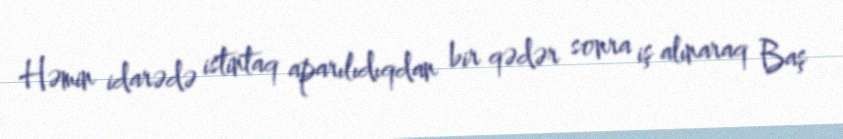
Həmin idarədə istintaq aparılıdıqdan bir qədər sonra iş alınaraq Baş